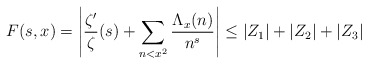
\begin{align*} F(s,x) = \left| \frac{\zeta'}{\zeta}(s) + \sum_{n<x^2} \frac{\Lambda_x(n)}{n^s} \right| \leq |Z_1| + |Z_2| + |Z_3| \end{align*}